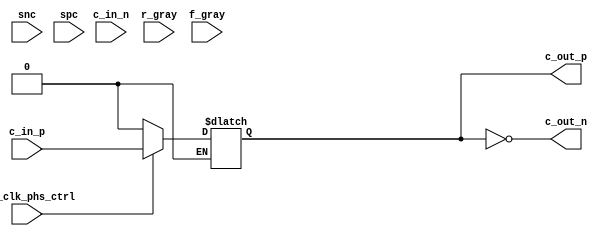
// SPDX-License-Identifier: Apache-2.0
// Copyright (C) 2019 Intel Corporation. All rights reserved
module io_phs_pair_couple_x48 (
input            c_in_p,
input            c_in_n,
input            phy_clk_phs_ctrl,
input            snc,
input            spc,
input      [5:0] r_gray,
input      [5:0] f_gray,
output           c_out_p,
output           c_out_n 
);

`ifdef TIMESCALE_EN
                timeunit 1ps;
                timeprecision 1ps;
`endif

parameter STEP_DELAY = 40;

reg c_in_del;

wire         c_in_p_gated;
wire         c_in_n_gated;
wire  [48:0] c_in_p_f;
wire  [48:0] c_in_p_r;

assign  {c_in_n_gated,c_in_p_gated} = phy_clk_phs_ctrl? {c_in_n,c_in_p}: 2'b10;

assign #54  c_in_p_f[0] = c_in_p_gated;
assign #57  c_in_p_f[1] = c_in_p_gated;
assign #60  c_in_p_f[2] = c_in_p_gated;
assign #63  c_in_p_f[3] = c_in_p_gated;
assign #66  c_in_p_f[4] = c_in_p_gated;
assign #69  c_in_p_f[5] = c_in_p_gated;
assign #72  c_in_p_f[6] = c_in_p_gated;
assign #75  c_in_p_f[7] = c_in_p_gated;
assign #78  c_in_p_f[8] = c_in_p_gated;
assign #81  c_in_p_f[9] = c_in_p_gated;
assign #84  c_in_p_f[10] = c_in_p_gated;
assign #87  c_in_p_f[11] = c_in_p_gated;
assign #90  c_in_p_f[12] = c_in_p_gated;
assign #93  c_in_p_f[13] = c_in_p_gated;
assign #96  c_in_p_f[14] = c_in_p_gated;
assign #99  c_in_p_f[15] = c_in_p_gated;
assign #102  c_in_p_f[16] = c_in_p_gated;
assign #105  c_in_p_f[17] = c_in_p_gated;
assign #108  c_in_p_f[18] = c_in_p_gated;
assign #111  c_in_p_f[19] = c_in_p_gated;
assign #114  c_in_p_f[20] = c_in_p_gated;
assign #117  c_in_p_f[21] = c_in_p_gated;
assign #120  c_in_p_f[22] = c_in_p_gated;
assign #123  c_in_p_f[23] = c_in_p_gated;
assign #126  c_in_p_f[24] = c_in_p_gated;
assign #129  c_in_p_f[25] = c_in_p_gated;
assign #132  c_in_p_f[26] = c_in_p_gated;
assign #135  c_in_p_f[27] = c_in_p_gated;
assign #138  c_in_p_f[28] = c_in_p_gated;
assign #141  c_in_p_f[29] = c_in_p_gated;
assign #144  c_in_p_f[30] = c_in_p_gated;
assign #147  c_in_p_f[31] = c_in_p_gated;
assign #150  c_in_p_f[32] = c_in_p_gated;
assign #153  c_in_p_f[33] = c_in_p_gated;
assign #156  c_in_p_f[34] = c_in_p_gated;
assign #159  c_in_p_f[35] = c_in_p_gated;
assign #162  c_in_p_f[36] = c_in_p_gated;
assign #165  c_in_p_f[37] = c_in_p_gated;
assign #168  c_in_p_f[38] = c_in_p_gated;
assign #171  c_in_p_f[39] = c_in_p_gated;
assign #174  c_in_p_f[40] = c_in_p_gated;
assign #177  c_in_p_f[41] = c_in_p_gated;
assign #180  c_in_p_f[42] = c_in_p_gated;
assign #183  c_in_p_f[43] = c_in_p_gated;
assign #186  c_in_p_f[44] = c_in_p_gated;
assign #189  c_in_p_f[45] = c_in_p_gated;
assign #192  c_in_p_f[46] = c_in_p_gated;
assign #195  c_in_p_f[47] = c_in_p_gated;
assign #198  c_in_p_f[48] = c_in_p_gated;

assign #54  c_in_p_r[0] = c_in_p_gated;
assign #57  c_in_p_r[1] = c_in_p_gated;
assign #60  c_in_p_r[2] = c_in_p_gated;
assign #63  c_in_p_r[3] = c_in_p_gated;
assign #66  c_in_p_r[4] = c_in_p_gated;
assign #69  c_in_p_r[5] = c_in_p_gated;
assign #72  c_in_p_r[6] = c_in_p_gated;
assign #75  c_in_p_r[7] = c_in_p_gated;
assign #78  c_in_p_r[8] = c_in_p_gated;
assign #81  c_in_p_r[9] = c_in_p_gated;
assign #84  c_in_p_r[10] = c_in_p_gated;
assign #87  c_in_p_r[11] = c_in_p_gated;
assign #90  c_in_p_r[12] = c_in_p_gated;
assign #93  c_in_p_r[13] = c_in_p_gated;
assign #96  c_in_p_r[14] = c_in_p_gated;
assign #99  c_in_p_r[15] = c_in_p_gated;
assign #102  c_in_p_r[16] = c_in_p_gated;
assign #105  c_in_p_r[17] = c_in_p_gated;
assign #108  c_in_p_r[18] = c_in_p_gated;
assign #111  c_in_p_r[19] = c_in_p_gated;
assign #114  c_in_p_r[20] = c_in_p_gated;
assign #117  c_in_p_r[21] = c_in_p_gated;
assign #120  c_in_p_r[22] = c_in_p_gated;
assign #123  c_in_p_r[23] = c_in_p_gated;
assign #126  c_in_p_r[24] = c_in_p_gated;
assign #129  c_in_p_r[25] = c_in_p_gated;
assign #132  c_in_p_r[26] = c_in_p_gated;
assign #135  c_in_p_r[27] = c_in_p_gated;
assign #138  c_in_p_r[28] = c_in_p_gated;
assign #141  c_in_p_r[29] = c_in_p_gated;
assign #144  c_in_p_r[30] = c_in_p_gated;
assign #147  c_in_p_r[31] = c_in_p_gated;
assign #150  c_in_p_r[32] = c_in_p_gated;
assign #153  c_in_p_r[33] = c_in_p_gated;
assign #156  c_in_p_r[34] = c_in_p_gated;
assign #159  c_in_p_r[35] = c_in_p_gated;
assign #162  c_in_p_r[36] = c_in_p_gated;
assign #165  c_in_p_r[37] = c_in_p_gated;
assign #168  c_in_p_r[38] = c_in_p_gated;
assign #171  c_in_p_r[39] = c_in_p_gated;
assign #174  c_in_p_r[40] = c_in_p_gated;
assign #177  c_in_p_r[41] = c_in_p_gated;
assign #180  c_in_p_r[42] = c_in_p_gated;
assign #183  c_in_p_r[43] = c_in_p_gated;
assign #186  c_in_p_r[44] = c_in_p_gated;
assign #189  c_in_p_r[45] = c_in_p_gated;
assign #192  c_in_p_r[46] = c_in_p_gated;
assign #195  c_in_p_r[47] = c_in_p_gated;
assign #198  c_in_p_r[48] = c_in_p_gated;

always @(*)
  if (c_in_p == 1'b0)
    begin
      case (f_gray[5:0])
       6'h00 : c_in_del =  c_in_p_f[0];
       6'h01 : c_in_del =  c_in_p_f[1];
       6'h03 : c_in_del =  c_in_p_f[2];
       6'h02 : c_in_del =  c_in_p_f[3];
       6'h06 : c_in_del =  c_in_p_f[4];
       6'h07 : c_in_del =  c_in_p_f[5];
       6'h05 : c_in_del =  c_in_p_f[6];
       6'h04 : c_in_del =  c_in_p_f[7];
       6'h0C : c_in_del =  c_in_p_f[8];
       6'h0D : c_in_del =  c_in_p_f[9];
       6'h0F : c_in_del =  c_in_p_f[10];
       6'h0E : c_in_del =  c_in_p_f[11];
       6'h0A : c_in_del =  c_in_p_f[12];
       6'h0B : c_in_del =  c_in_p_f[13];
       6'h09 : c_in_del =  c_in_p_f[14];
       6'h08 : c_in_del =  c_in_p_f[15];
       6'h18 : c_in_del =  c_in_p_f[16];
       6'h19 : c_in_del =  c_in_p_f[17];
       6'h1B : c_in_del =  c_in_p_f[18];
       6'h1A : c_in_del =  c_in_p_f[19];
       6'h1E : c_in_del =  c_in_p_f[20];
       6'h1F : c_in_del =  c_in_p_f[21];
       6'h1D : c_in_del =  c_in_p_f[22];
       6'h1C : c_in_del =  c_in_p_f[23];
       6'h14 : c_in_del = c_in_p_f[24];
       6'h15 : c_in_del = c_in_p_f[25];
       6'h17 : c_in_del = c_in_p_f[26];
       6'h16 : c_in_del = c_in_p_f[27];
       6'h12 : c_in_del = c_in_p_f[28];
       6'h13 : c_in_del = c_in_p_f[29];
       6'h11 : c_in_del = c_in_p_f[30];
       6'h10 : c_in_del = c_in_p_f[31];
       6'h30 : c_in_del = c_in_p_f[32];
       6'h31 : c_in_del = c_in_p_f[33];
       6'h33 : c_in_del = c_in_p_f[34];
       6'h32 : c_in_del = c_in_p_f[35];
       6'h36 : c_in_del = c_in_p_f[36];
       6'h37 : c_in_del = c_in_p_f[37];
       6'h35 : c_in_del = c_in_p_f[38];
       6'h34 : c_in_del = c_in_p_f[39];
       6'h3C : c_in_del = c_in_p_f[40];
       6'h3D : c_in_del = c_in_p_f[41];
       6'h3F : c_in_del = c_in_p_f[42];
       6'h3E : c_in_del = c_in_p_f[43];
       6'h3A : c_in_del = c_in_p_f[44];
       6'h3B : c_in_del = c_in_p_f[45];
       6'h39 : c_in_del = c_in_p_f[46];
       6'h38 : c_in_del = c_in_p_f[47];
       default : c_in_del = c_in_p_f[48];
       endcase
    end
  else if (c_in_p == 1'b1)
    begin
      case (r_gray[5:0])
       6'h00 : c_in_del =   c_in_p_r[0];
       6'h01 : c_in_del =   c_in_p_r[1];
       6'h03 : c_in_del =   c_in_p_r[2];
       6'h02 : c_in_del =   c_in_p_r[3];
       6'h06 : c_in_del =   c_in_p_r[4];
       6'h07 : c_in_del =   c_in_p_r[5];
       6'h05 : c_in_del =   c_in_p_r[6];
       6'h04 : c_in_del =   c_in_p_r[7];
       6'h0C : c_in_del =   c_in_p_r[8];
       6'h0D : c_in_del =   c_in_p_r[9];
       6'h0F : c_in_del =   c_in_p_r[10];
       6'h0E : c_in_del =   c_in_p_r[11];
       6'h0A : c_in_del =   c_in_p_r[12];
       6'h0B : c_in_del =   c_in_p_r[13];
       6'h09 : c_in_del =   c_in_p_r[14];
       6'h08 : c_in_del =   c_in_p_r[15];
       6'h18 : c_in_del =   c_in_p_r[16];
       6'h19 : c_in_del =   c_in_p_r[17];
       6'h1B : c_in_del =   c_in_p_r[18];
       6'h1A : c_in_del =   c_in_p_r[19];
       6'h1E : c_in_del =   c_in_p_r[20];
       6'h1F : c_in_del =   c_in_p_r[21];
       6'h1D : c_in_del =   c_in_p_r[22];
       6'h1C : c_in_del =   c_in_p_r[23];
       6'h14 : c_in_del =   c_in_p_r[24];
       6'h15 : c_in_del =   c_in_p_r[25];
       6'h17 : c_in_del =   c_in_p_r[26];
       6'h16 : c_in_del =   c_in_p_r[27];
       6'h12 : c_in_del =   c_in_p_r[28];
       6'h13 : c_in_del =   c_in_p_r[29];
       6'h11 : c_in_del =   c_in_p_r[30];
       6'h10 : c_in_del =   c_in_p_r[31];
       6'h30 : c_in_del =   c_in_p_r[32];
       6'h31 : c_in_del =   c_in_p_r[33];
       6'h33 : c_in_del =   c_in_p_r[34];
       6'h32 : c_in_del =   c_in_p_r[35];
       6'h36 : c_in_del =   c_in_p_r[36];
       6'h37 : c_in_del =   c_in_p_r[37];
       6'h35 : c_in_del =   c_in_p_r[38];
       6'h34 : c_in_del =   c_in_p_r[39];
       6'h3C : c_in_del =   c_in_p_r[40];
       6'h3D : c_in_del =   c_in_p_r[41];
       6'h3F : c_in_del =   c_in_p_r[42];
       6'h3E : c_in_del =   c_in_p_r[43];
       6'h3A : c_in_del =   c_in_p_r[44];
       6'h3B : c_in_del =   c_in_p_r[45];
       6'h39 : c_in_del =   c_in_p_r[46];
       6'h38 : c_in_del =   c_in_p_r[47];
       default : c_in_del = c_in_p_r[48];
       endcase
    end

assign c_out_p =  c_in_del;
assign c_out_n = ~c_in_del;

endmodule

//======================================================================
// 
//     r_delay(f_gray=5'b0)                       f_delay(r_gray=5'b0)
//   x48_delay_wc x48_delay_tt x48_delay_bc   x48_delay_wc x48_delay_tt x48_delay_bc
// 1    2.047E-10   1.544E-10   1.108E-10   1    2.042E-10   1.544E-10   1.109E-10
// 2    2.063E-10   1.561E-10   1.126E-10   2    2.053E-10   1.556E-10   1.123E-10
// 3    2.074E-10   1.573E-10   1.141E-10   3    2.071E-10   1.575E-10   1.143E-10
// 4    2.089E-10   1.591E-10   1.162E-10   4    2.083E-10   1.589E-10   1.160E-10
// 5    2.100E-10   1.604E-10   1.177E-10   5    2.101E-10   1.608E-10   1.181E-10
// 6    2.115E-10   1.621E-10   1.197E-10   6    2.113E-10   1.621E-10   1.197E-10
// 7    2.127E-10   1.634E-10   1.213E-10   7    2.128E-10   1.639E-10   1.216E-10
// 8    2.143E-10   1.650E-10   1.232E-10   8    2.143E-10   1.655E-10   1.236E-10
// 9    2.158E-10   1.667E-10   1.254E-10   9    2.161E-10   1.674E-10   1.259E-10
// 10   2.174E-10   1.686E-10   1.277E-10   10   2.176E-10   1.691E-10   1.280E-10
// 11   2.189E-10   1.703E-10   1.298E-10   11   2.194E-10   1.711E-10   1.304E-10
// 12   2.208E-10   1.723E-10   1.323E-10   12   2.209E-10   1.727E-10   1.325E-10
// 13   2.221E-10   1.737E-10   1.341E-10   13   2.227E-10   1.747E-10   1.348E-10
// 14   2.237E-10   1.756E-10   1.365E-10   14   2.244E-10   1.766E-10   1.373E-10
// 15   2.256E-10   1.777E-10   1.393E-10   15   2.263E-10   1.787E-10   1.401E-10
// 16   2.274E-10   1.798E-10   1.422E-10   16   2.281E-10   1.808E-10   1.429E-10
// 17   2.292E-10   1.818E-10   1.450E-10   17   2.300E-10   1.829E-10   1.458E-10
// 18   2.312E-10   1.841E-10   1.480E-10   18   2.317E-10   1.849E-10   1.485E-10
// 19   2.326E-10   1.858E-10   1.503E-10   19   2.337E-10   1.871E-10   1.513E-10
// 20   2.346E-10   1.879E-10   1.534E-10   20   2.356E-10   1.893E-10   1.544E-10
// 21   2.366E-10   1.904E-10   1.570E-10   21   2.376E-10   1.917E-10   1.581E-10
// 22   2.387E-10   1.929E-10   1.606E-10   22   2.397E-10   1.942E-10   1.617E-10
// 23   2.407E-10   1.954E-10   1.642E-10   23   2.418E-10   1.967E-10   1.653E-10
// 24   2.429E-10   1.979E-10   1.679E-10   24   2.438E-10   1.991E-10   1.688E-10
// 25   2.445E-10   1.999E-10   1.708E-10   25   2.459E-10   2.016E-10   1.722E-10
// 26   2.466E-10   2.024E-10   1.750E-10   26   2.480E-10   2.040E-10   1.763E-10
// 27   2.490E-10   2.053E-10   1.798E-10   27   2.504E-10   2.069E-10   1.812E-10
// 28   2.514E-10   2.082E-10   1.846E-10   28   2.526E-10   2.097E-10   1.860E-10
// 29   2.536E-10   2.110E-10   1.895E-10   29   2.550E-10   2.126E-10   1.909E-10
// 30   2.560E-10   2.139E-10   1.944E-10   30   2.573E-10   2.154E-10   1.958E-10
// 31   2.579E-10   2.163E-10   1.986E-10   31   2.597E-10   2.183E-10   2.002E-10
// 32   2.603E-10   2.193E-10   2.047E-10   32   2.621E-10   2.212E-10   2.064E-10
// 33   2.628E-10   2.228E-10   2.119E-10   33   2.646E-10   2.247E-10   2.134E-10
// 34   2.655E-10   2.261E-10   2.188E-10   34   2.674E-10   2.281E-10   2.204E-10
// 35   2.682E-10   2.297E-10   2.259E-10   35   2.700E-10   2.316E-10   2.276E-10
// 36   2.708E-10   2.331E-10   2.329E-10   36   2.725E-10   2.350E-10   2.345E-10
// 37   2.733E-10   2.362E-10   2.393E-10   37   2.752E-10   2.383E-10   2.410E-10
// 38   2.758E-10   2.399E-10   2.505E-10   38   2.780E-10   2.419E-10   2.523E-10
// 39   2.789E-10   2.441E-10   2.631E-10   39   2.808E-10   2.463E-10   2.647E-10
// 40   2.818E-10   2.484E-10   2.754E-10   40   2.840E-10   2.505E-10   2.772E-10
// 41   2.849E-10   2.527E-10   2.878E-10   41   2.870E-10   2.549E-10   2.896E-10
// 42   2.879E-10   2.570E-10   3.002E-10   42   2.902E-10   2.591E-10   3.021E-10
// 43   2.908E-10   2.609E-10   3.123E-10   43   2.932E-10   2.632E-10   3.137E-10
// 44   2.937E-10   2.657E-10   3.496E-10   44   2.961E-10   2.681E-10   3.511E-10
// 45   2.971E-10   2.712E-10   3.917E-10   45   2.995E-10   2.735E-10   3.932E-10
// 46   3.006E-10   2.769E-10   4.335E-10   46   3.031E-10   2.791E-10   4.354E-10
// 47   3.040E-10   2.825E-10   failed      47   3.064E-10   2.848E-10   failed
// 48   3.106E-10   2.931E-10   failed      48   3.133E-10   2.957E-10   failed
// 
//======================================================================
//